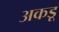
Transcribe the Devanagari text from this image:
अकडू